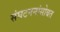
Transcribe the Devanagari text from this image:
संघटननांसोबत